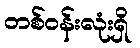
တစ်ဝန်းလုံးရှိ